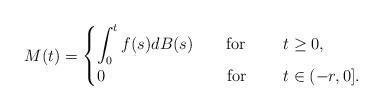
LaTeX: \begin{align*}M(t) =\begin{cases} \displaystyle\int^t_0 f(s)dB(s)\hskip 20pt \hbox{ for}&\hskip 15pt t\ge 0,\\0\hskip 88pt \hbox{for}&\hskip 15pt t\in (-r, 0].\end{cases}\end{align*}